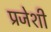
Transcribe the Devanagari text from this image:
प्रजेशी